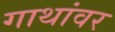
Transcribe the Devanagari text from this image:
गाथांवर